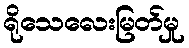
ရိုသေလေးမြတ်မှု